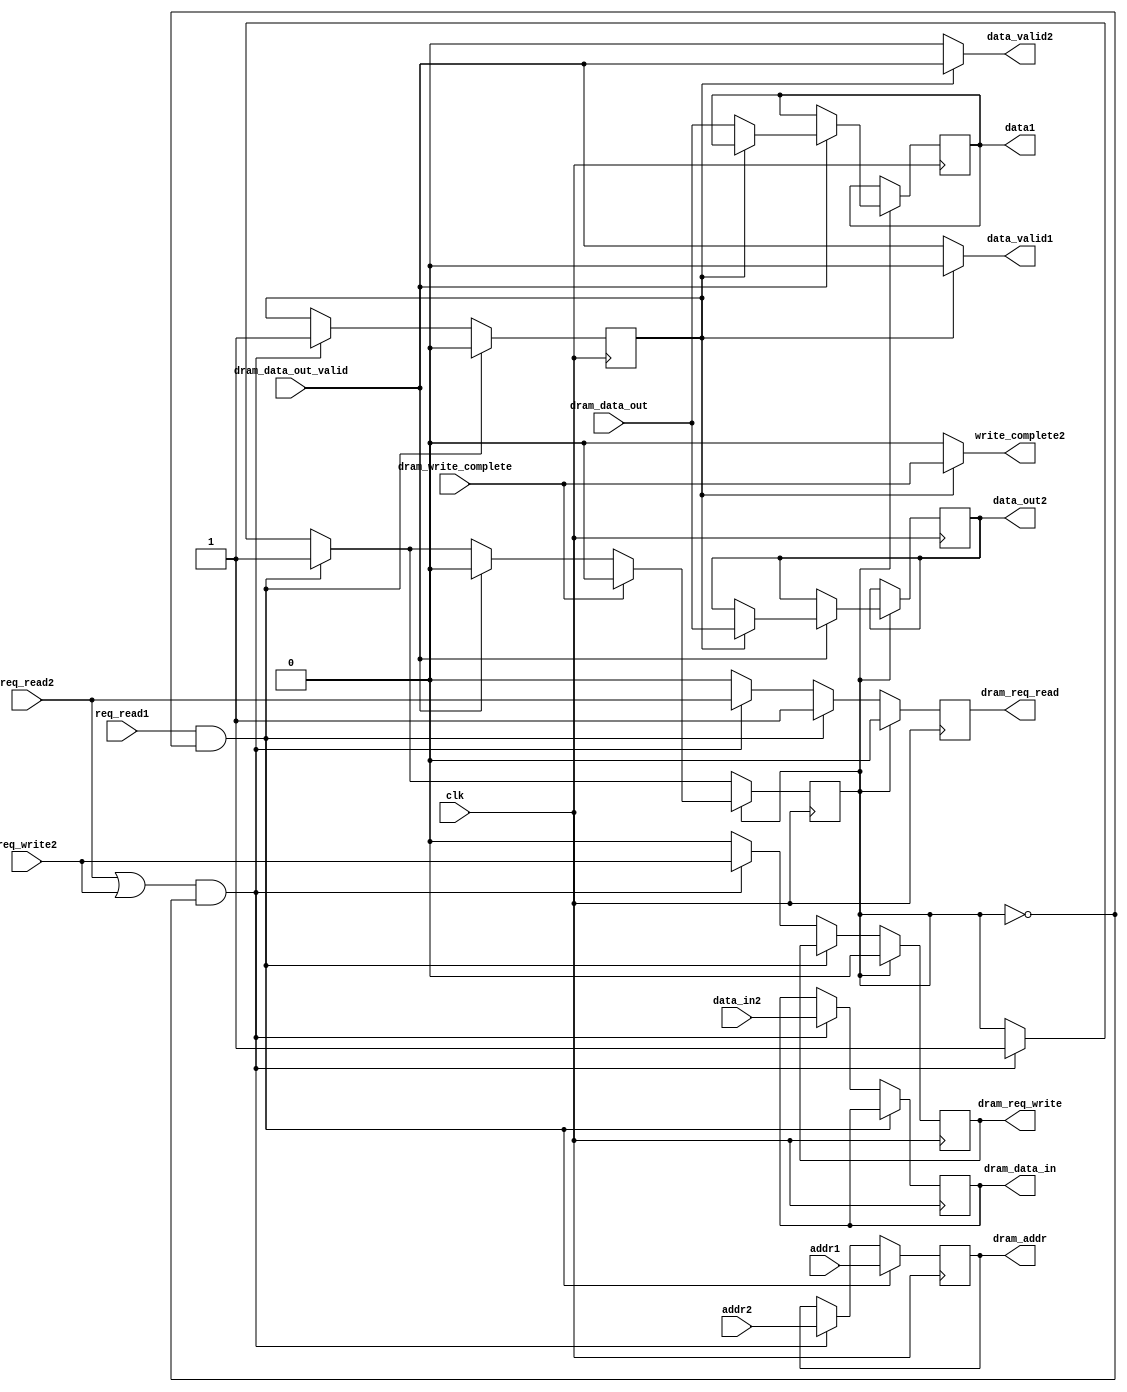
module bus_arbiter(
    input clk,

    input [23:0] addr1,
    output reg [31:0] data1 = 0,
    input req_read1,
    output data_valid1, 

    input [23:0] addr2,
    input [31:0] data_in2,
    output reg [31:0] data_out2 = 0,
    input req_read2,
    input req_write2,
    output data_valid2, 
    output write_complete2,

    output reg [23:0] dram_addr,
    output reg [31:0] dram_data_in, 
    output reg dram_req_read,
    output reg dram_req_write,
    input [31:0] dram_data_out,
    input dram_data_out_valid,
    input dram_write_complete);

reg current_device = 0;
reg busy = 0;
assign write_complete2 = current_device ? dram_write_complete : 0;
assign data_valid1 = current_device ? 0 : dram_data_out_valid;
assign data_valid2 = current_device ? dram_data_out_valid : 0;

`ifdef PASS_THROUGH
    always @* begin
        current_device <= 1'b1;
        dram_addr <= addr2;
        dram_data_in <= data_in2;
        data_out2 <= dram_data_out;
        dram_req_read <= req_read2;
        dram_req_write <= req_write2;
    end

`else
always @(posedge clk) begin
    if(req_read1 == 1 && !busy) begin
        current_device <= 0;
        dram_addr <= addr1;
        dram_req_read <= 1;
        busy <= 1;
    end
    else if((req_read2 || req_write2) && !busy) begin
        current_device <= 1;
        busy <= 1;
        dram_addr <= addr2;
        dram_req_read <= req_read2;
        dram_req_write <= req_write2;
        dram_data_in <= data_in2;
    end
    else begin
        dram_req_read <= 0;
        dram_req_write <= 0;
    end

    if(busy == 1) begin
        dram_req_read <= 0;
        dram_req_write <= 0;
        if(dram_data_out_valid == 1)
            if(current_device == 1) begin
                data_out2 <= dram_data_out;
                busy <= 0;
            end
            else begin
                data1 <= dram_data_out;
                busy <= 0;
            end
        if(dram_write_complete) begin
           busy <= 0;
       end
   end
end
`endif
endmodule